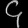
Digit: ၄